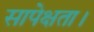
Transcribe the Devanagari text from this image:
सापेक्षता।